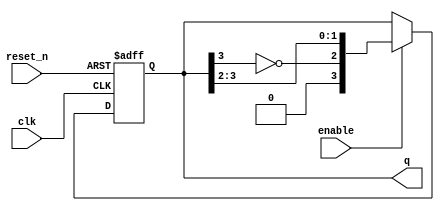
module johnson_counter (
    input wire clk,         // Clock input
    input wire reset_n,     // Active low asynchronous reset
    input wire enable,      // Enable signal
    output reg [n-1:0] q    // Output state of the counter
);
    parameter n = 4;        // Number of stages, can be set to 4 or 8
    reg [n-1:0] shift_reg;  // Shift register to hold counter states

    always @(posedge clk or negedge reset_n) begin
        if (!reset_n) begin
            shift_reg <= {n{1'b0}};  // Reset state to 0
        end else if (enable) begin
            // Johnson counter logic
            shift_reg <= {~shift_reg[n-1], shift_reg[n-1:n-2]}; // Shift and feed in inverted last bit
        end
    end

    // Assign shift register to output
    always @(*) begin
        q = shift_reg;
    end
endmodule